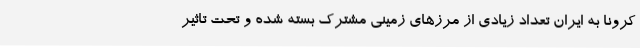
کرونا به ایران تعداد زیادی از مرزهای زمینی مشترک بسته شده و تحت تاثیر